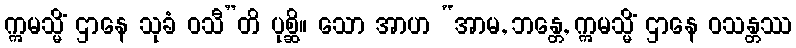
ဣမသ္မိံ ဌာနေ သုခံ ဝသီ”တိ ပုစ္ဆိ။ သော အာဟ “အာမ, ဘန္တေ, ဣမသ္မိံ ဌာနေ ဝသန္တဿ